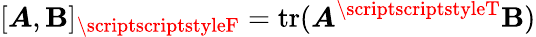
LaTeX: [\boldsymbol{A},\boldsymbol{\mathbf{B}}]_{\scriptscriptstyleF}=\mathrm{{tr}}(\boldsymbol{A}^{\scriptscriptstyleT}\boldsymbol{\mathbf{B}})